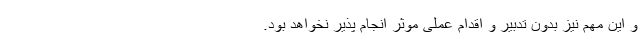
و این مهم نیز بدون تدبیر و اقدام عملی موثر انجام پذیر نخواهد بود.